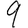
Digit: 9